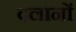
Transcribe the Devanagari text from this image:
दलानों